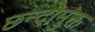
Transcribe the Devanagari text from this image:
छन्दोमुक्त